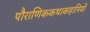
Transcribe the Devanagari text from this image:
पौराणिककथाकहानियों